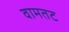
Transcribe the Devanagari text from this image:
वामतट